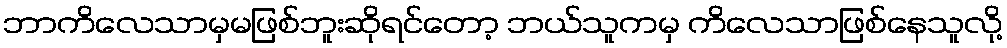
ဘာကိလေသာမှမဖြစ်ဘူးဆိုရင်တော့ ဘယ်သူကမှ ကိလေသာဖြစ်နေသူလို့